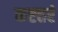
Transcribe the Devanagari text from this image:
कष्टतरं